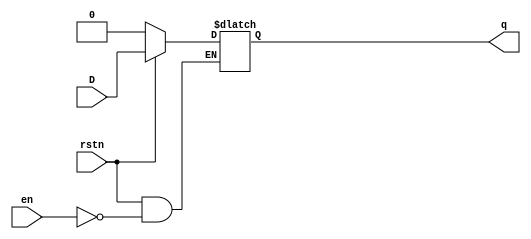
module d_latch(input D,en,rstn,output reg q);
  always@(en or rstn or D)
    if(rstn==0)
      q<=0;
      else if(en==1)
        q<=D;
endmodule